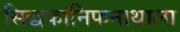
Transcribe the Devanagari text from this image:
सिद्धकानिफनाथाला